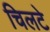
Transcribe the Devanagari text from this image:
चिलटे